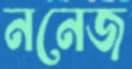
ননেজ